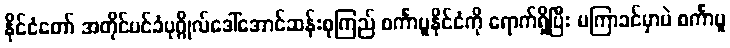
နိုင်ငံတော် အတိုင်ပင်ခံပုဂ္ဂိုလ်ဒေါ်အောင်ဆန်းစုကြည် စင်္ကာပူနိုင်ငံကို ရောက်ရှိပြီး မကြာခင်မှာပဲ စင်္ကာပူ